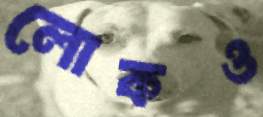
লোকও